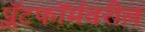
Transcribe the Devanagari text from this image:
प्लॅटफॉर्मवरील